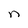
Character: n